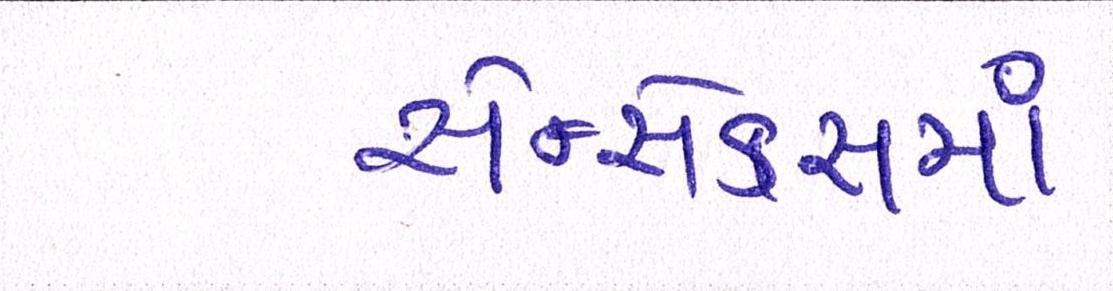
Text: સેન્સેક્સમાં